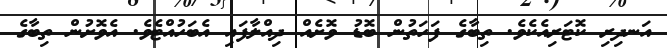
އަނދިރި ކޮޓަރިއެކެވެ. ތިބާގެ ފަހަތުން ބޮޑު ވޮށެއް ދިއްލާފައި އެބަހުއްޓެވެ. އެވޮށުން ތިބާގެ